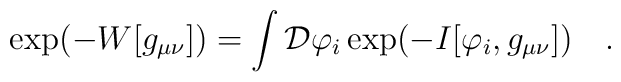
\exp(-W[g_{\mu\nu}])=\int {\cal D}\varphi_i \exp(-I[\varphi_i,g_{\mu\nu}])~~~.